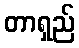
တာရှည်